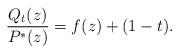
LaTeX: \begin{align*} \frac{Q_t(z)}{P^*(z)} = f(z) + (1-t).\end{align*}